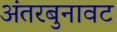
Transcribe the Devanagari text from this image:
अंतरबुनावट